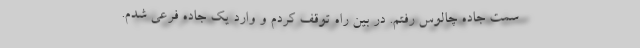
سمت جاده چالوس رفتم. در بین راه توقف کردم و وارد یک جاده فرعی شدم.